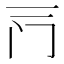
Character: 𰿦